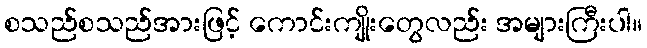
စသည်စသည်အားဖြင့် ကောင်းကျိုးတွေလည်း အများကြီးပါ။